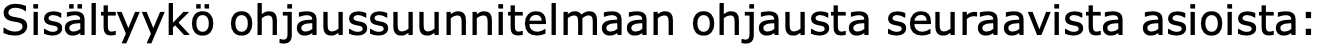
Sisältyykö ohjaussuunnitelmaan ohjausta seuraavista asioista: